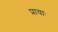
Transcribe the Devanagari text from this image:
प्रायाः